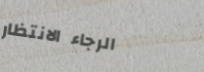
الرجاء الانتظار